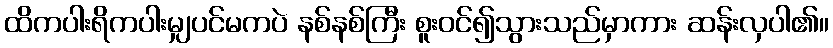
ထိကပါးရိကပါးမျှပင်မကပဲ နစ်နစ်ကြီး စူးဝင်၍သွားသည်မှာကား ဆန်းလှပါ၏။